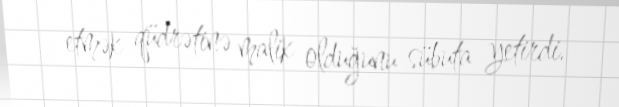
etmək qüdrətinə malik olduğunu sübuta yetirdi.